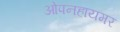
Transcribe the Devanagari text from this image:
ओपनहायमर